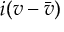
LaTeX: i ( v - { \bar { v } } )